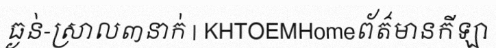
ធ្ងន់-ស្រាល៣នាក់ | KHTOEMHomeព័ត៌មានកីឡា